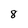
Character: 8